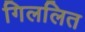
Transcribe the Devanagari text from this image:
गिललित